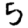
Digit: 5